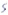
Text: S